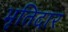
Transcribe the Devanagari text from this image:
भृतिदार